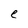
Character: e